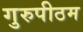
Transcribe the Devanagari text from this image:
गुरुपीठम